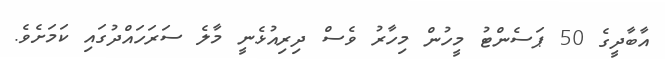
އާބާދީގެ 50 ޕަސެންޓު މީހުން މިހާރު ވެސް ދިރިއުޅެނީ މާލެ ސަރަހައްދުގައި ކަމަށެވެ.